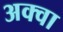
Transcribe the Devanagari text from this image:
अक्वा